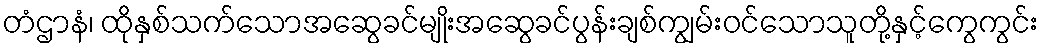
တံဌာနံ၊ ထိုနှစ်သက်သောအဆွေခင်မျိုးအဆွေခင်ပွန်းချစ်ကျွမ်းဝင်သောသူတို့နှင့်ကွေကွင်း